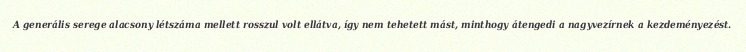
A generális serege alacsony létszáma mellett rosszul volt ellátva, így nem tehetett mást, minthogy átengedi a nagyvezírnek a kezdeményezést.